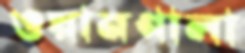
ওয়ানগালা